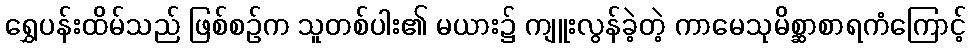
ရွှေပန်းထိမ်သည် ဖြစ်စဉ်က သူတစ်ပါး၏ မယား၌ ကျူးလွန်ခဲ့တဲ့ ကာမေသုမိစ္ဆာစာရကံကြောင့်